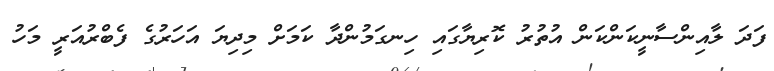
ފަދަ ލާއިންސާނީކަންކަން އުތުރު ކޮރިޔާގައި ހިނގަމުންދާ ކަމަށް މިދިޔަ އަހަރުގެ ފެބްރުއަރީ މަހު